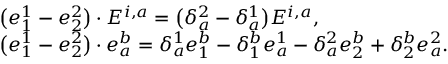
\begin{array} { r l } & { \bigl ( e _ { 1 } ^ { 1 } - e _ { 2 } ^ { 2 } \bigr ) \cdot E ^ { i , a } = \bigl ( \delta _ { a } ^ { 2 } - \delta _ { a } ^ { 1 } \bigr ) E ^ { i , a } , } \\ & { \bigl ( e _ { 1 } ^ { 1 } - e _ { 2 } ^ { 2 } \bigr ) \cdot e _ { a } ^ { b } = \delta _ { a } ^ { 1 } e _ { 1 } ^ { b } - \delta _ { 1 } ^ { b } e _ { a } ^ { 1 } - \delta _ { a } ^ { 2 } e _ { 2 } ^ { b } + \delta _ { 2 } ^ { b } e _ { a } ^ { 2 } . } \end{array}